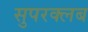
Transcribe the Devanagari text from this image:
सुपरक्लब